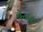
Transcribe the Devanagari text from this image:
बॅम्फ